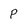
Character: p